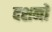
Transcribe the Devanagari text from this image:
दशनों